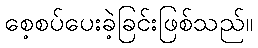
စေ့စပ်ပေးခဲ့ခြင်းဖြစ်သည်။